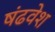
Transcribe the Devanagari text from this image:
षंढवेश